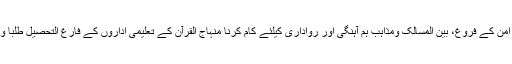
ڈاکٹر حسن محی الدین قادری نے کہا کہ سوسائٹی میں امن کے فروغ، بین المسالک ومذاہب ہم آہنگی اور رواداری کیلئے کام کرنا منہاج القرآن کے تعلیمی اداروں کے فارغ التحصیل طلبا و طالبات کی اولین دینی اور ملی و قومی ذمہ داری ہے۔